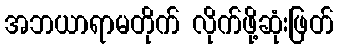
အဘယာရာမတိုက် လိုက်ဖို့ဆုံးဖြတ်